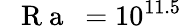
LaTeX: \mathrm{~\textit~{~R~a~}~}=10^{11.5}